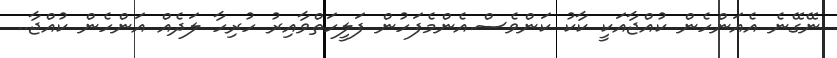
ނޭގޭނެ އެއަންހެން ކުއްޖާއަކީ ކާކު ކަންވެސް.އެންމެފަހުން ފަލީހަތްވާއިރު ހުރިހާ ލަދެއް އަންހެން ކުއްޖާ..